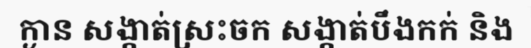
ក្ងាន សង្កាត់ស្រះចក សង្កាត់បឹងកក់ និង